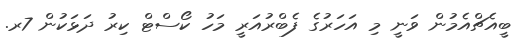
ބީއެޗްއެމުން ވަނީ މި އަހަރުގެ ފެބްރުއަރީ މަހު ކޯސްޓް ކިރު ދަޅަކުން 7ރ.